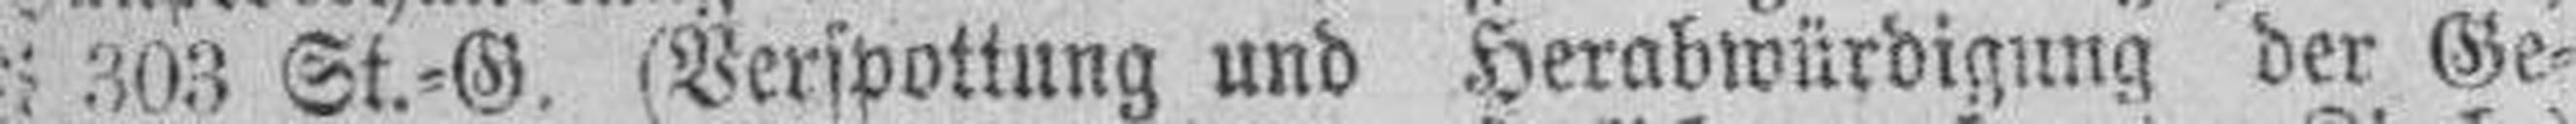
§ 303 St.=G. (Verspottung und Herabwürdigung der Ge¬